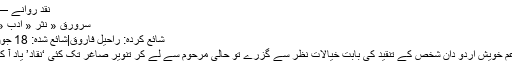
نقدِ روانے — اردو نگار
سرورق « نثر « ادب « نقدِ روانے
شائع کردہ: راحیلؔ فاروق|شائع شدہ: 18 جون 2016 ء
آج ایک بزعمِ خویش اردو دان شخص کے تنقید کی بابت خیالات نظر سے گزرے تو حالیؔ مرحوم سے لے کر تنویر صاغر تک کئی ‘نقاد’ یاد آ کے رہ گئے۔